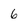
Character: 6